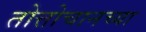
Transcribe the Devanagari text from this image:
तोत्तोचानच्या